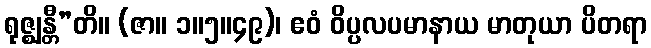
ရုဇ္ဈန္တီ”တိ။ (ဇာ။ ၁။၅။၄၉)၊ ဧဝံ ဝိပ္ပလပမာနာယ မာတုယာ ပိတရာ